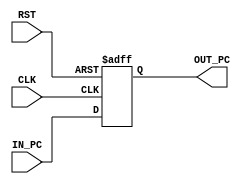
`timescale 1ns / 1ps

module PC(IN_PC,OUT_PC,CLK,RST
    );
input       CLK,RST;
input  [31:0]   IN_PC;
output [31:0]   OUT_PC;
reg    [31:0]   OUT_PC;

	always @(posedge CLK , negedge RST) begin
		if (RST==1'b0)
			#0.01 OUT_PC <= 32 'h0;
		else
			#0.01 OUT_PC <= IN_PC;
			
	end

endmodule